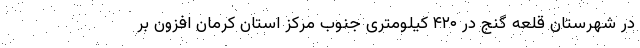
در شهرستان قلعه گنج در ۴۲۰ کیلومتری جنوب مرکز استان کرمان افزون بر